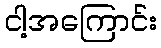
ငါ့အကြောင်း